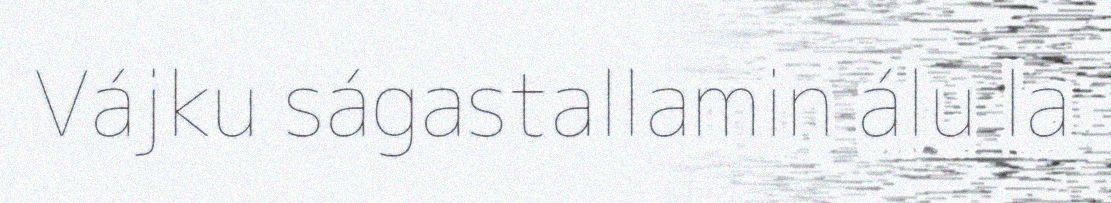
Vájku ságastallamin álu la